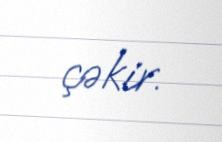
çəkir.